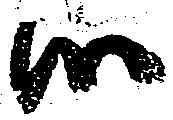
候